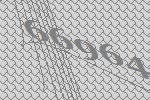
66964